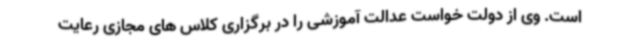
است. وی از دولت خواست عدالت آموزشی را در برگزاری کلاس های مجازی رعایت